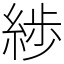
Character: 𦁗